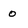
Character: 0